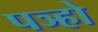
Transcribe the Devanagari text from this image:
पञ्हो